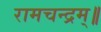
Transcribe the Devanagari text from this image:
रामचन्द्रम्॥